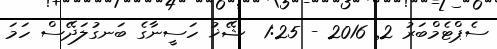
ސެޕްޓެމްބަރު 2